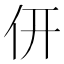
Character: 𠆻